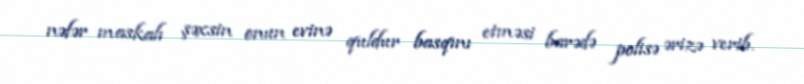
nəfər maskalı şəxsin onun evinə quldur basqını etməsi barədə polisə ərizə verib.